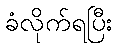
ခံလိုက်ရပြီး